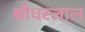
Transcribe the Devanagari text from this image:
श्रीधरलाल